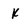
Character: k